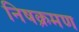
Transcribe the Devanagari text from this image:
निषक्रमण